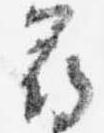
尋